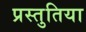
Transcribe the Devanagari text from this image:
प्रस्तुतिया